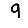
Digit: 9